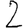
Digit: 2